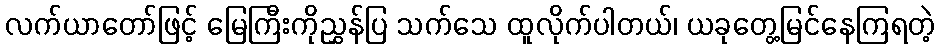
လက်ယာတော်ဖြင့် မြေကြီးကိုညွှန်ပြ သက်သေ ထူလိုက်ပါတယ်၊ ယခုတွေ့မြင်နေကြရတဲ့